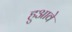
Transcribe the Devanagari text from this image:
हुआवे